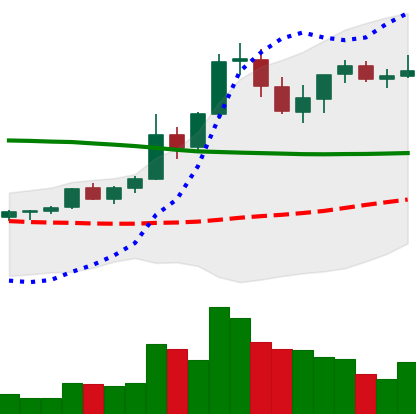
Ticker: XRP-USD
Chart end date: 2021-08-23
Forward return: -8.159%
Label: down_7plus